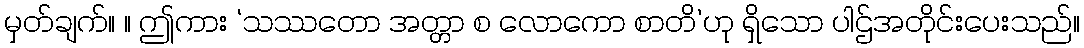
မှတ်ချက်။ ။ ဤကား ‘သဿတော အတ္တာ စ လောကော စာတိ’ဟု ရှိသော ပါဌ်အတိုင်းပေးသည်။